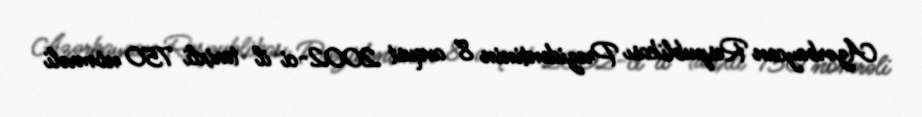
Azərbaycan Respublikası Prezidentinin 8 avqust 2002-ci il tarixli 750 nömrəli